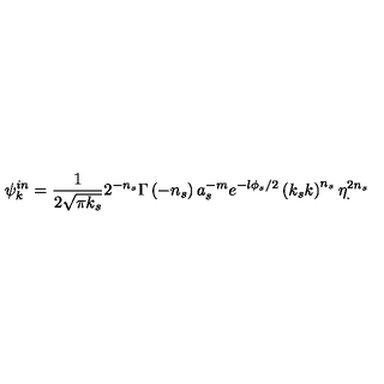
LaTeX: \psi _ { k } ^ { i n } = \frac { 1 } { 2 \sqrt { \pi k _ { s } } } 2 ^ { - n _ { s } } \Gamma \left( - n _ { s } \right) a _ { s } ^ { - m } e ^ { - l \phi _ { s } / 2 } \left( k _ { s } k \right) ^ { n _ { s } } \eta _ { . } ^ { 2 n _ { s } }